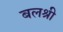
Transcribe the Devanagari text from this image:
बलश्री